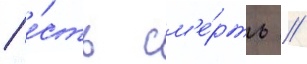
/ е́сть см'е́рть //